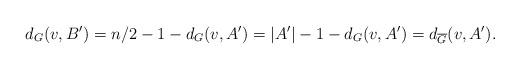
LaTeX: \begin{align*} d_G(v,B') & = n/2 - 1 - d_G(v,A') = |A'| -1 - d_G(v,A')= d_{\overline{G}}(v,A') .\end{align*}